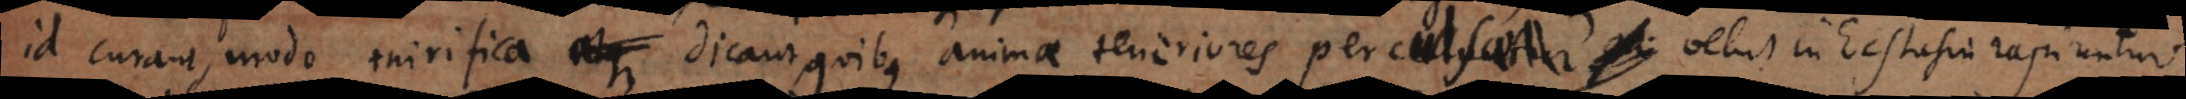
id curant, modo mirifica dicant, quibus animae teneriores percelluntur et ut ita dicam inebriantur